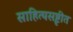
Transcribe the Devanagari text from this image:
साहित्यसॄष्टीत